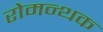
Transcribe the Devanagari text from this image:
रोमन्थक